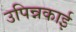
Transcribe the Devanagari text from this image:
उपिन्नकाई